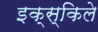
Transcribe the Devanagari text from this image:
इक्स्किले